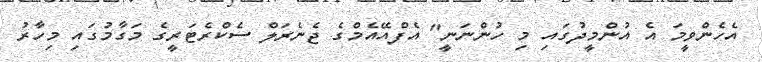
އެހެންވީމަ އެ އުންމީދުގައި މި ހުންނަނީ" އެފްއޭއެމްގެ ޖެނެރަލް ސެކްރެޓަރީގެ މަގާމުގައި މިހާރު